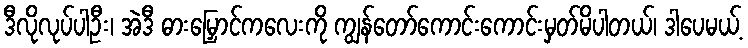
ဒီလိုလုပ်ပါဦး၊ အဲဒီ ဓားမြှောင်ကလေးကို ကျွန်တော်ကောင်းကောင်းမှတ်မိပါတယ်၊ ဒါပေမယ့်